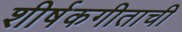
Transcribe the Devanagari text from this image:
शीर्षकगीताची